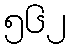
၅၆၂